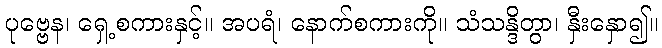
ပုဗ္ဗေန၊ ရှေ့စကားနှင့်။ အပရံ၊ နောက်စကားကို။ သံသန္ဒိတွာ၊ နှီးနှော၍။